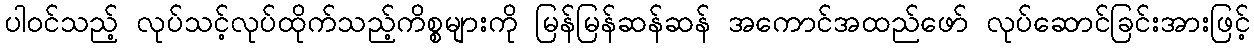
ပါဝင်သည့် လုပ်သင့်လုပ်ထိုက်သည့်ကိစ္စများကို မြန်မြန်ဆန်ဆန် အကောင်အထည်ဖော် လုပ်ဆောင်ခြင်းအားဖြင့်